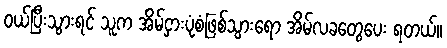
ဝယ်ပြီးသွားရင် သူက အိမ်ငှားပုံစံဖြစ်သွားရော အိမ်လခတွေပေး ရတယ်။